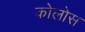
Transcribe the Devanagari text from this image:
कोलोस